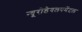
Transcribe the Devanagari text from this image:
न्यूरोडेवलपमेंटल